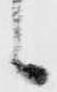
候